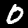
Label: 0